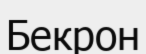
Бекрон